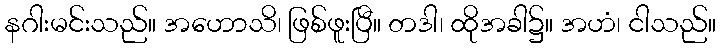
နဂါးမင်းသည်။ အဟောသိ၊ ဖြစ်ဖူးပြီ။ တဒါ၊ ထိုအခါ၌။ အဟံ၊ ငါသည်။